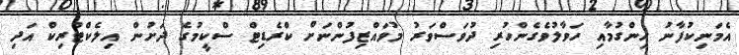
އެމަނިކުފާނު ހިންގުމާއި ހަވާލުވެގެންހުރި ދުވަސްވަރު މުވައްޒިފުންނަށް ކްރެޑިޓް ސްކީމުގެ ދަށުން އިލެކްޓްރިކް އަދި